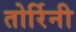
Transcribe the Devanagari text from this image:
तोर्रिनी